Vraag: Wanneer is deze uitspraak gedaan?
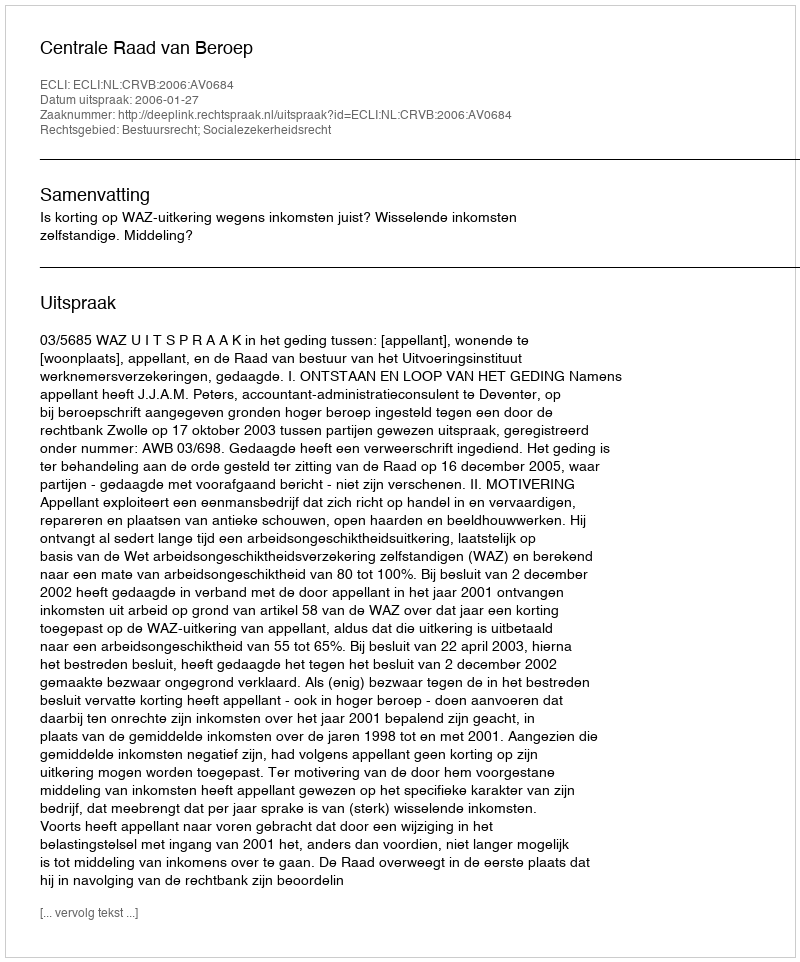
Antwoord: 2006-01-27